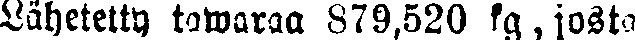
Lähetetty tawaraa 879,520 kg , josta